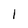
Character: 1